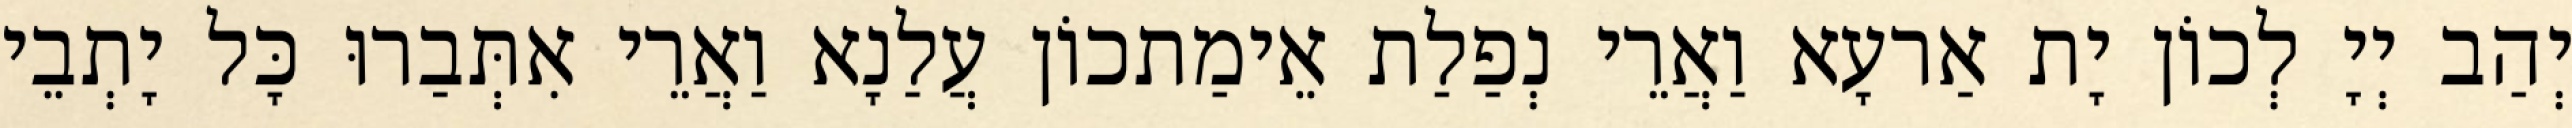
יְהַב יְיָ לְכוֹן יָת אַרעָא וַאֲרֵי נְפַלַת אֵימַתכוֹן עֲלַנָא וַאֲרֵי אִתְּבַרוּ כָּל יָתְבֵי